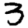
Digit: 3